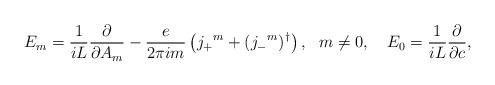
LaTeX: \begin{align*} E_m=\frac{1}{i L}\frac{\partial}{\partial A_m} - \frac{e}{2 \pi i m} \left( j_+{}^m + (j_-{}^m)^\dagger \right),\ \ m\neq 0, \quad E_0= \frac{1}{i L} \frac{\partial}{\partial c },\end{align*}